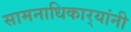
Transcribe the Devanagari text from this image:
सामनाधिकार्‍यांनी